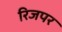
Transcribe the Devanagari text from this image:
रिजपर